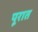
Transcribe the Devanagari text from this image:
पूरात